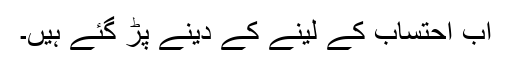
اب احتساب کے لینے کے دینے پڑ گئے ہیں۔